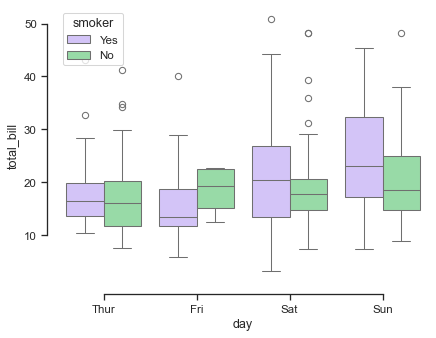
python, seaborn, boxplot, despine